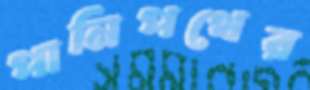
পানিপথের